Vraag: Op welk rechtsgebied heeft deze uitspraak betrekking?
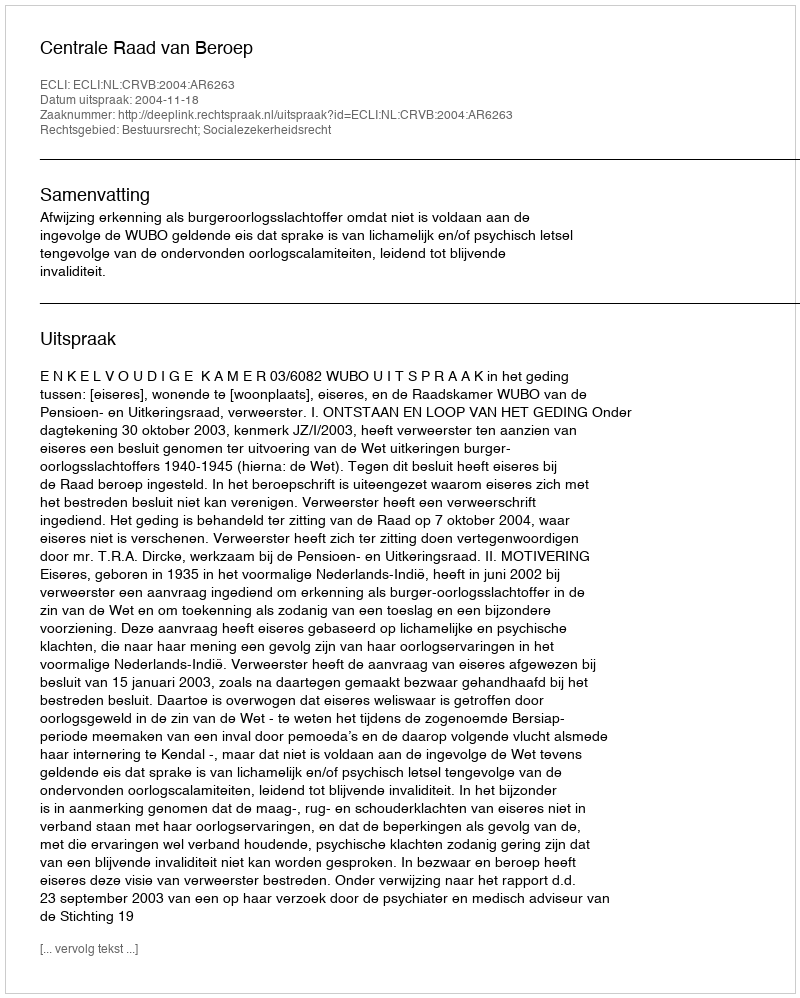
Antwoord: Bestuursrecht; Socialezekerheidsrecht